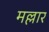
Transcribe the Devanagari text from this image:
मल्लार